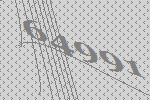
64991